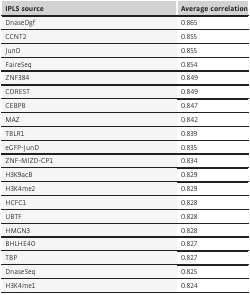
| IPLS source | Average correlation |
 | --- | --- |
 | DnaseDgf | 0.865 |
 | CCNT2 | 0.855 |
 | JunD | 0.855 |
 | FaireSeq | 0.854 |
 | ZNF384 | 0.849 |
 | COREST | 0.849 |
 | CEBPB | 0.847 |
 | MAZ | 0.842 |
 | TBLR1 | 0.839 |
 | eGFP‐JunD | 0.835 |
 | ZNF‐MIZD‐CP1 | 0.834 |
 | H3K9acB | 0.829 |
 | H3K4me2 | 0.829 |
 | HCFC1 | 0.828 |
 | UBTF | 0.828 |
 | HMGN3 | 0.828 |
 | BHLHE40 | 0.827 |
 | TBP | 0.827 |
 | DnaseSeq | 0.825 |
 | H3K4me1 | 0.824 |